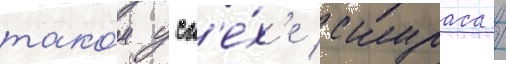
тако́м усп'е́х'е скураса /